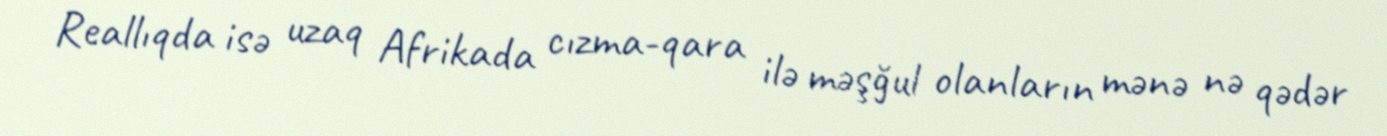
Reallıqda isə uzaq Afrikada cızma-qara ilə məşğul olanların mənə nə qədər